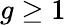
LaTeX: g\geq 1